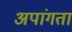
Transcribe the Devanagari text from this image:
अपांगता